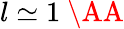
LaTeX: l\simeq 1~\AA